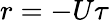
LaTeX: r=-U\tau